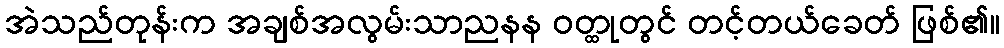
အဲသည်တုန်းက အချစ်အလွမ်းသာညနန ဝတ္ထုတွင် တင့်တယ်ခေတ် ဖြစ်၏။